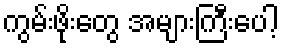
ကွမ်းဖိုးတွေ အများကြီးပေါ့